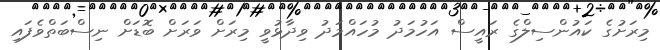
މިރަށުގެ ކައުންސިލްގެ ރައީސް އަހުމަދު މުހައްމަދު ވިދާޅުވީ މިރަށް ވަރަށް ބޮޑަށް ނިސްބަތްވެފައި